Leprosy in India: report of the Leprosy Commission in India, 1890-91
Year: 1890
Disease focus: Leprosy
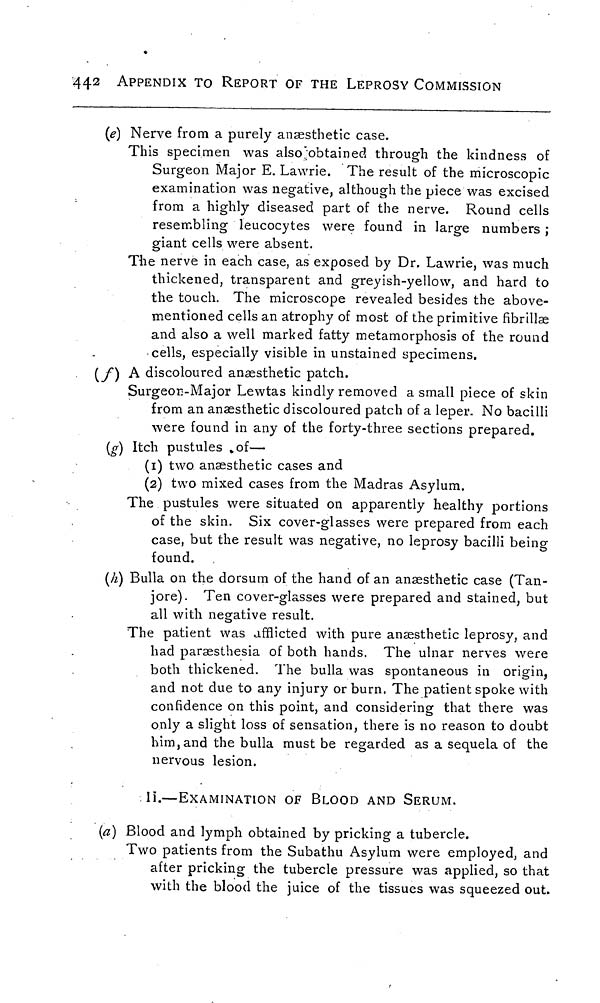
442
APPENDIX TO REPORT OF THE LEPROSY COMMISSION
(e) Nerve from a purely anaesthetic case.
This specimen was also obtained through the kindness of
Surgeon Major E. Lawrie. The result of the microscopic
examination was negative, although the piece was excised
from a highly diseased part of the nerve. Round cells
resembling leucocytes were found in large numbers ;
giant cells were absent.
The nerve in each case, as exposed by Dr. Lawrie, was much
thickened, transparent and greyish-yellow, and hard to
the touch. The microscope revealed besides the above-
mentioned cells an atrophy of most of the primitive fibrillae
and also a well marked fatty metamorphosis of the round
cells, especially visible in unstained specimens.
(f) A discoloured anaesthetic patch.
Surgeon-Major Lewtas kindly removed a small piece of skin
from an anaesthetic discoloured patch of a leper. No bacilli
were found in any of the forty-three sections prepared.
(g) Itch pustules of—
(1) two anaesthetic cases and
(2) two mixed cases from the Madras Asylum.
The pustules were situated on apparently healthy portions
of the skin. Six cover-glasses were prepared from each
case, but the result was negative, no leprosy bacilli being
found.
(h) Bulla on the dorsum of the hand of an anaesthetic case (Tan-
jore). Ten cover-glasses were prepared and stained, but
all with negative result.
The patient was afflicted with pure anaesthetic leprosy, and
had paraesthesia of both hands. The ulnar nerves were
both thickened. The bulla was spontaneous in origin,
and not due to any injury or burn. The patient spoke with
confidence on this point, and considering that there was
only a slight loss of sensation, there is no reason to doubt
him, and the bulla must be regarded as a sequela of the
nervous lesion.
II.—EXAMINATION OF BLOOD AND SERUM.
(a) Blood and lymph obtained by pricking a tubercle.
Two patients from the Subathu Asylum were employed, and
after pricking the tubercle pressure was applied, so that
with the blood the juice of the tissues was squeezed out.